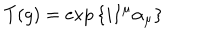
T ( g ) = \exp { \{ i I ^ { \mu } \alpha _ { \mu } \} }